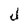
Character: d